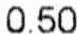
0.50